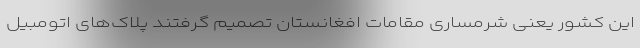
این کشور یعنی شرمساری مقامات افغانستان تصمیم گرفتند پلاک‌های اتومبیل